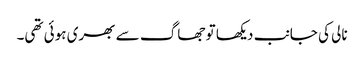
نالی کی جانب دیکھا تو جھاگ سے بھری ہوئی تھی۔